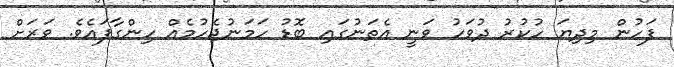
ފަހުން މިދިޔަ ހުކުރު ދުވަހު ވަނީ އެތަނުގައި ބޮޑު ހަމަނުޖެހުމެއް ހިންގާފައެވެ. ވަރަށް